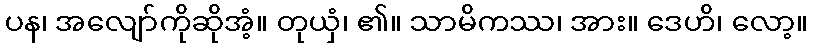
ပန၊ အလျော်ကိုဆိုအံ့။ တုယှံ၊ ၏။ သာမိကဿ၊ အား။ ဒေဟိ၊ လော့။